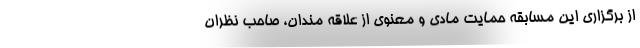
از برگزاری این مسابقه حمایت مادی و معنوی از علاقه مندان، صاحب نظران